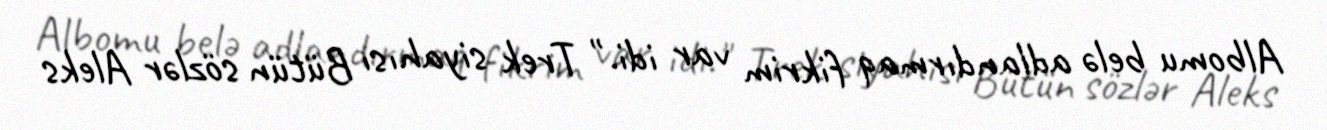
Albomu belə adlandırmaq fikrim var idi." Trek siyahısı Bütün sözlər Aleks